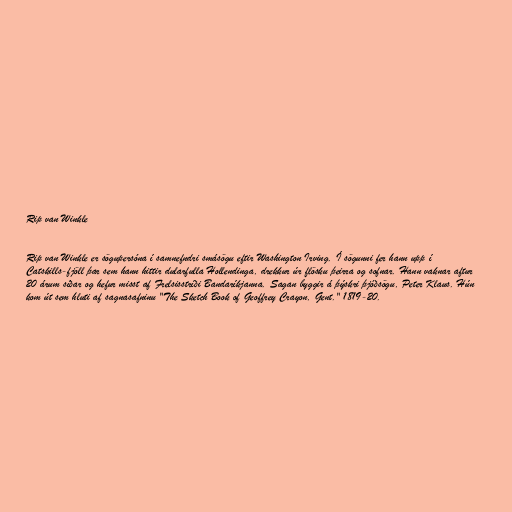
Rip van Winkle

Rip van Winkle er sögupersóna í samnefndri smásögu eftir Washington Irving. Í sögunni fer hann upp í
Catskills-fjöll þar sem hann hittir dularfulla Hollendinga, drekkur úr flösku þeirra og sofnar. Hann vaknar aftur
20 árum síðar og hefur misst af Frelsisstríði Bandaríkjanna. Sagan byggir á þýskri þjóðsögu, Peter Klaus. Hún
kom út sem hluti af sagnasafninu "The Sketch Book of Geoffrey Crayon, Gent." 1819-20.